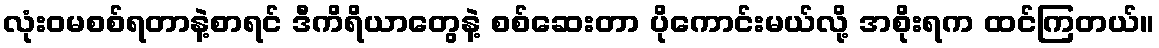
လုံးဝမစစ်ရတာနဲ့စာရင် ဒီကိရိယာတွေနဲ့ စစ်ဆေးတာ ပိုကောင်းမယ်လို့ အစိုးရက ထင်ကြတယ်။